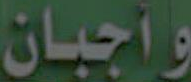
وأجبان